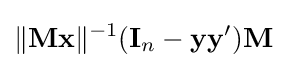
\lVert \mathbf {Mx} \rVert ^{-1}(\mathbf {I} _{n}-\mathbf {yy} ')\mathbf {M}